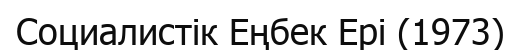
Социалистік Еңбек Ері (1973)